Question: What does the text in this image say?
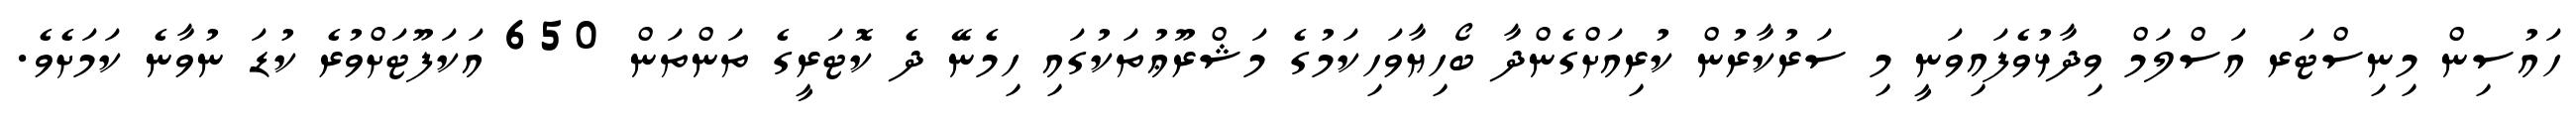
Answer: ހައުސިން މިނިސްޓަރ އަސްލަމް ވިދާޅުވެފައިވަނީ މި ސަރުކާރުން ކުރިއަށްގެންދާ ބޯހިޔާވަހިކަމުގެ މަޝްރޫޢުތަކުގައި ހިމެނޭ ދެ ކޮޓަރީގެ ތަންތަން 650 އަކަފޫޓަށްވުރެ ކުޑަ ނުވާނެ ކަމަށެވެ.